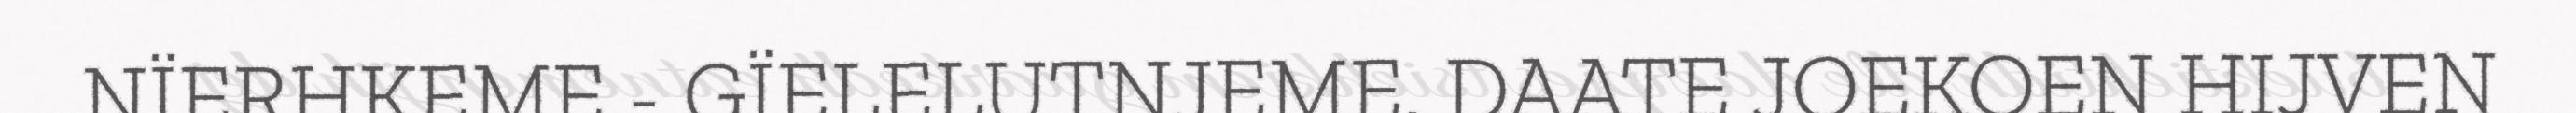
NÏERHKEME - GÏELELUTNJEME. DAATE JOEKOEN HIJVEN